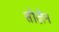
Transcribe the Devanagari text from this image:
सीज़ैन